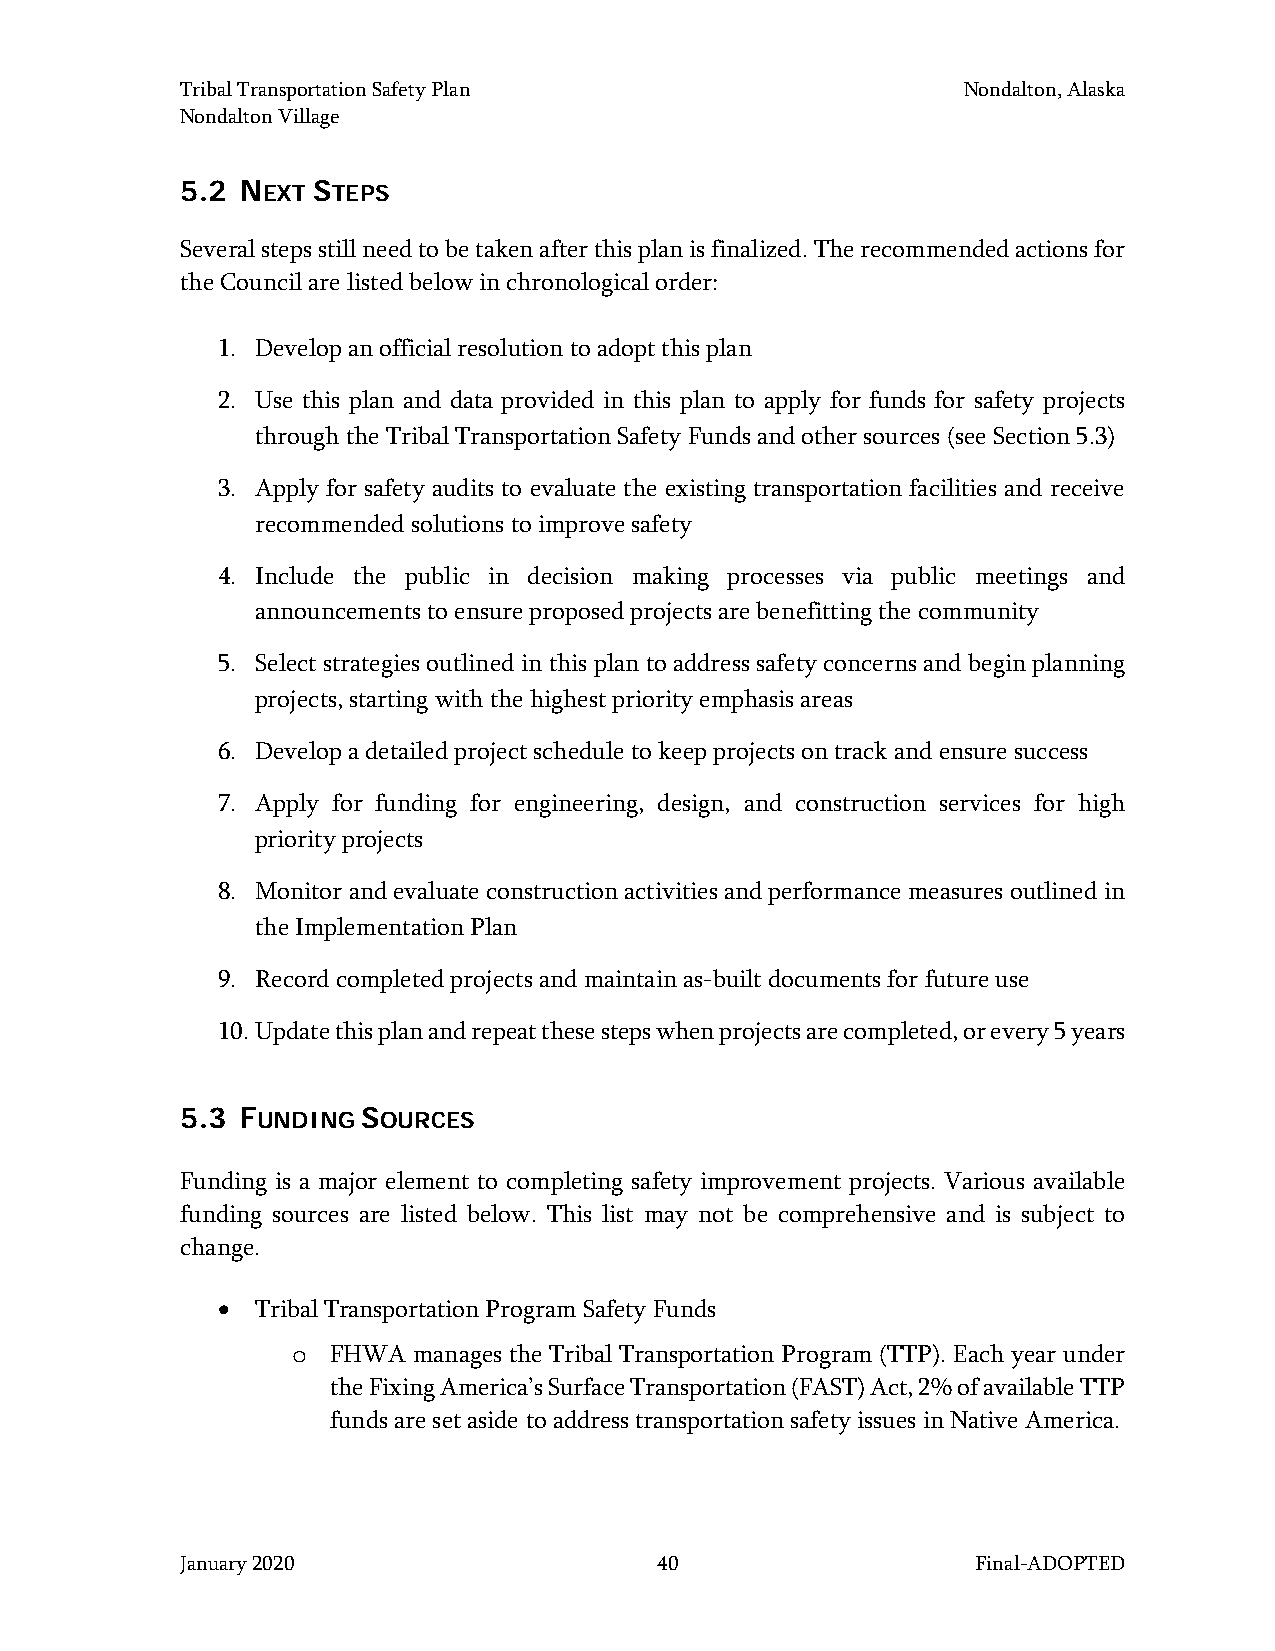
Tribal Transportation Safety Plan                   Nondalton, Alaska
 Nondalton Village
 5.2 NEXT STEPS
 Several steps still need to be taken after this plan is finalized. The recommended actions for
 the Council are listed below in chronological order:
 1. Develop an official resolution to adopt this plan
 2. Use this plan and data provided in this plan to apply for funds for safety projects
 through the Tribal Transportation Safety Funds and other sources (see Section 5.3)
 3. Apply for safety audits to evaluate the existing transportation facilities and receive
 recommended solutions to improve safety
 4. Include the public in decision making processes via public meetings and
 announcements to ensure proposed projects are benefitting the community
 5. Select strategies outlined in this plan to address safety concerns and begin planning
 projects, starting with the highest priority emphasis areas
 6. Develop a detailed project schedule to keep projects on track and ensure success
 7. Apply for funding for engineering, design, and construction services for high
 priority projects
 8. Monitor and evaluate construction activities and performance measures outlined in
 the Implementation Plan
 9. Record completed projects and maintain as-built documents for future use
 10. Update this plan and repeat these steps when projects are completed, or every 5 years
 5.3 FUNDING SOURCES
 Funding is a major element to completing safety improvement projects. Various available
 funding sources are listed below. This list may not be comprehensive and is subject to
 change.
 •  Tribal Transportation Program Safety Funds
 FHWA manages the Tribal Transportation Program (TTP). Each year under
 o
 the Fixing America’s Surface Transportation (FAST) Act, 2% of available TTP
 funds are set aside to address transportation safety issues in Native America.
 January 2020                    40                   Final-ADOPTED